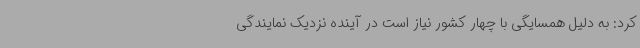
کرد: به دلیل همسایگی با چهار کشور نیاز است در آینده نزدیک نمایندگی